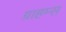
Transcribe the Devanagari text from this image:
ग्राहम्स